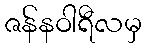
ဇန်နဝါရီလမှ